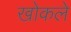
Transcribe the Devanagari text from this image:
खोकले